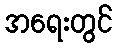
အရေးတွင်